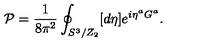
{ \cal P } = \frac { 1 } { 8 \pi ^ { 2 } } \oint _ { S ^ { 3 } / Z _ { 2 } } [ d \eta ] e ^ { i \eta ^ { a } G ^ { a } } .